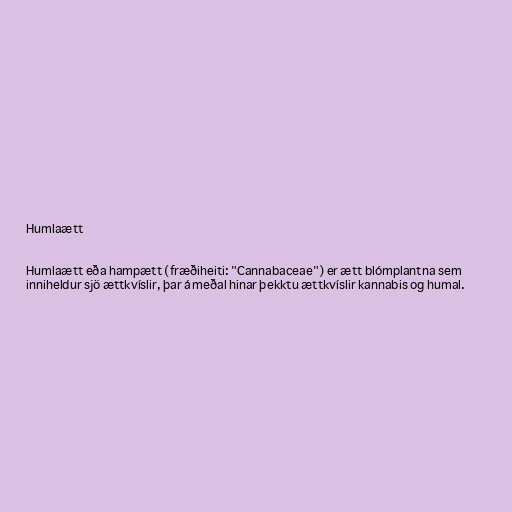
Humlaætt

Humlaætt eða hampætt (fræðiheiti: "Cannabaceae") er ætt blómplantna sem
inniheldur sjö ættkvíslir, þar á meðal hinar þekktu ættkvíslir kannabis og humal.